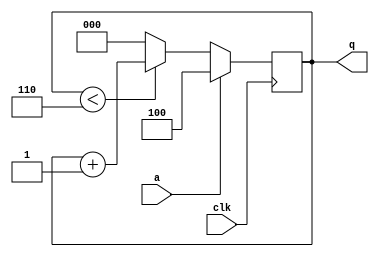
module top_module (
    input clk,
    input a,
    output reg [2:0] q
);

always @(posedge clk)
    if (a) q <= 4;
    else q <= q < 6 ? q + 1 : 0;

endmodule